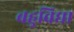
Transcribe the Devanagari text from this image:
बहुविद्या